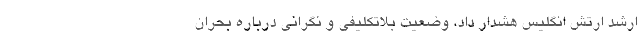
ارشد ارتش انگلیس هشدار داد، وضعیت بلاتکلیفی و نگرانی درباره بحران